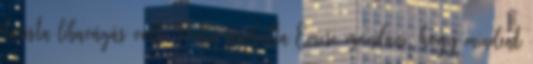
turista libavágás volt. Hiába próbálta Emese mondani, hogy mindent